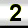
Digit: 2